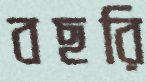
বছরি